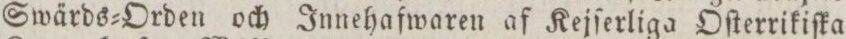
Swärds=Orden och Innehafwaren af Kejſerliga Oſterrikiſka